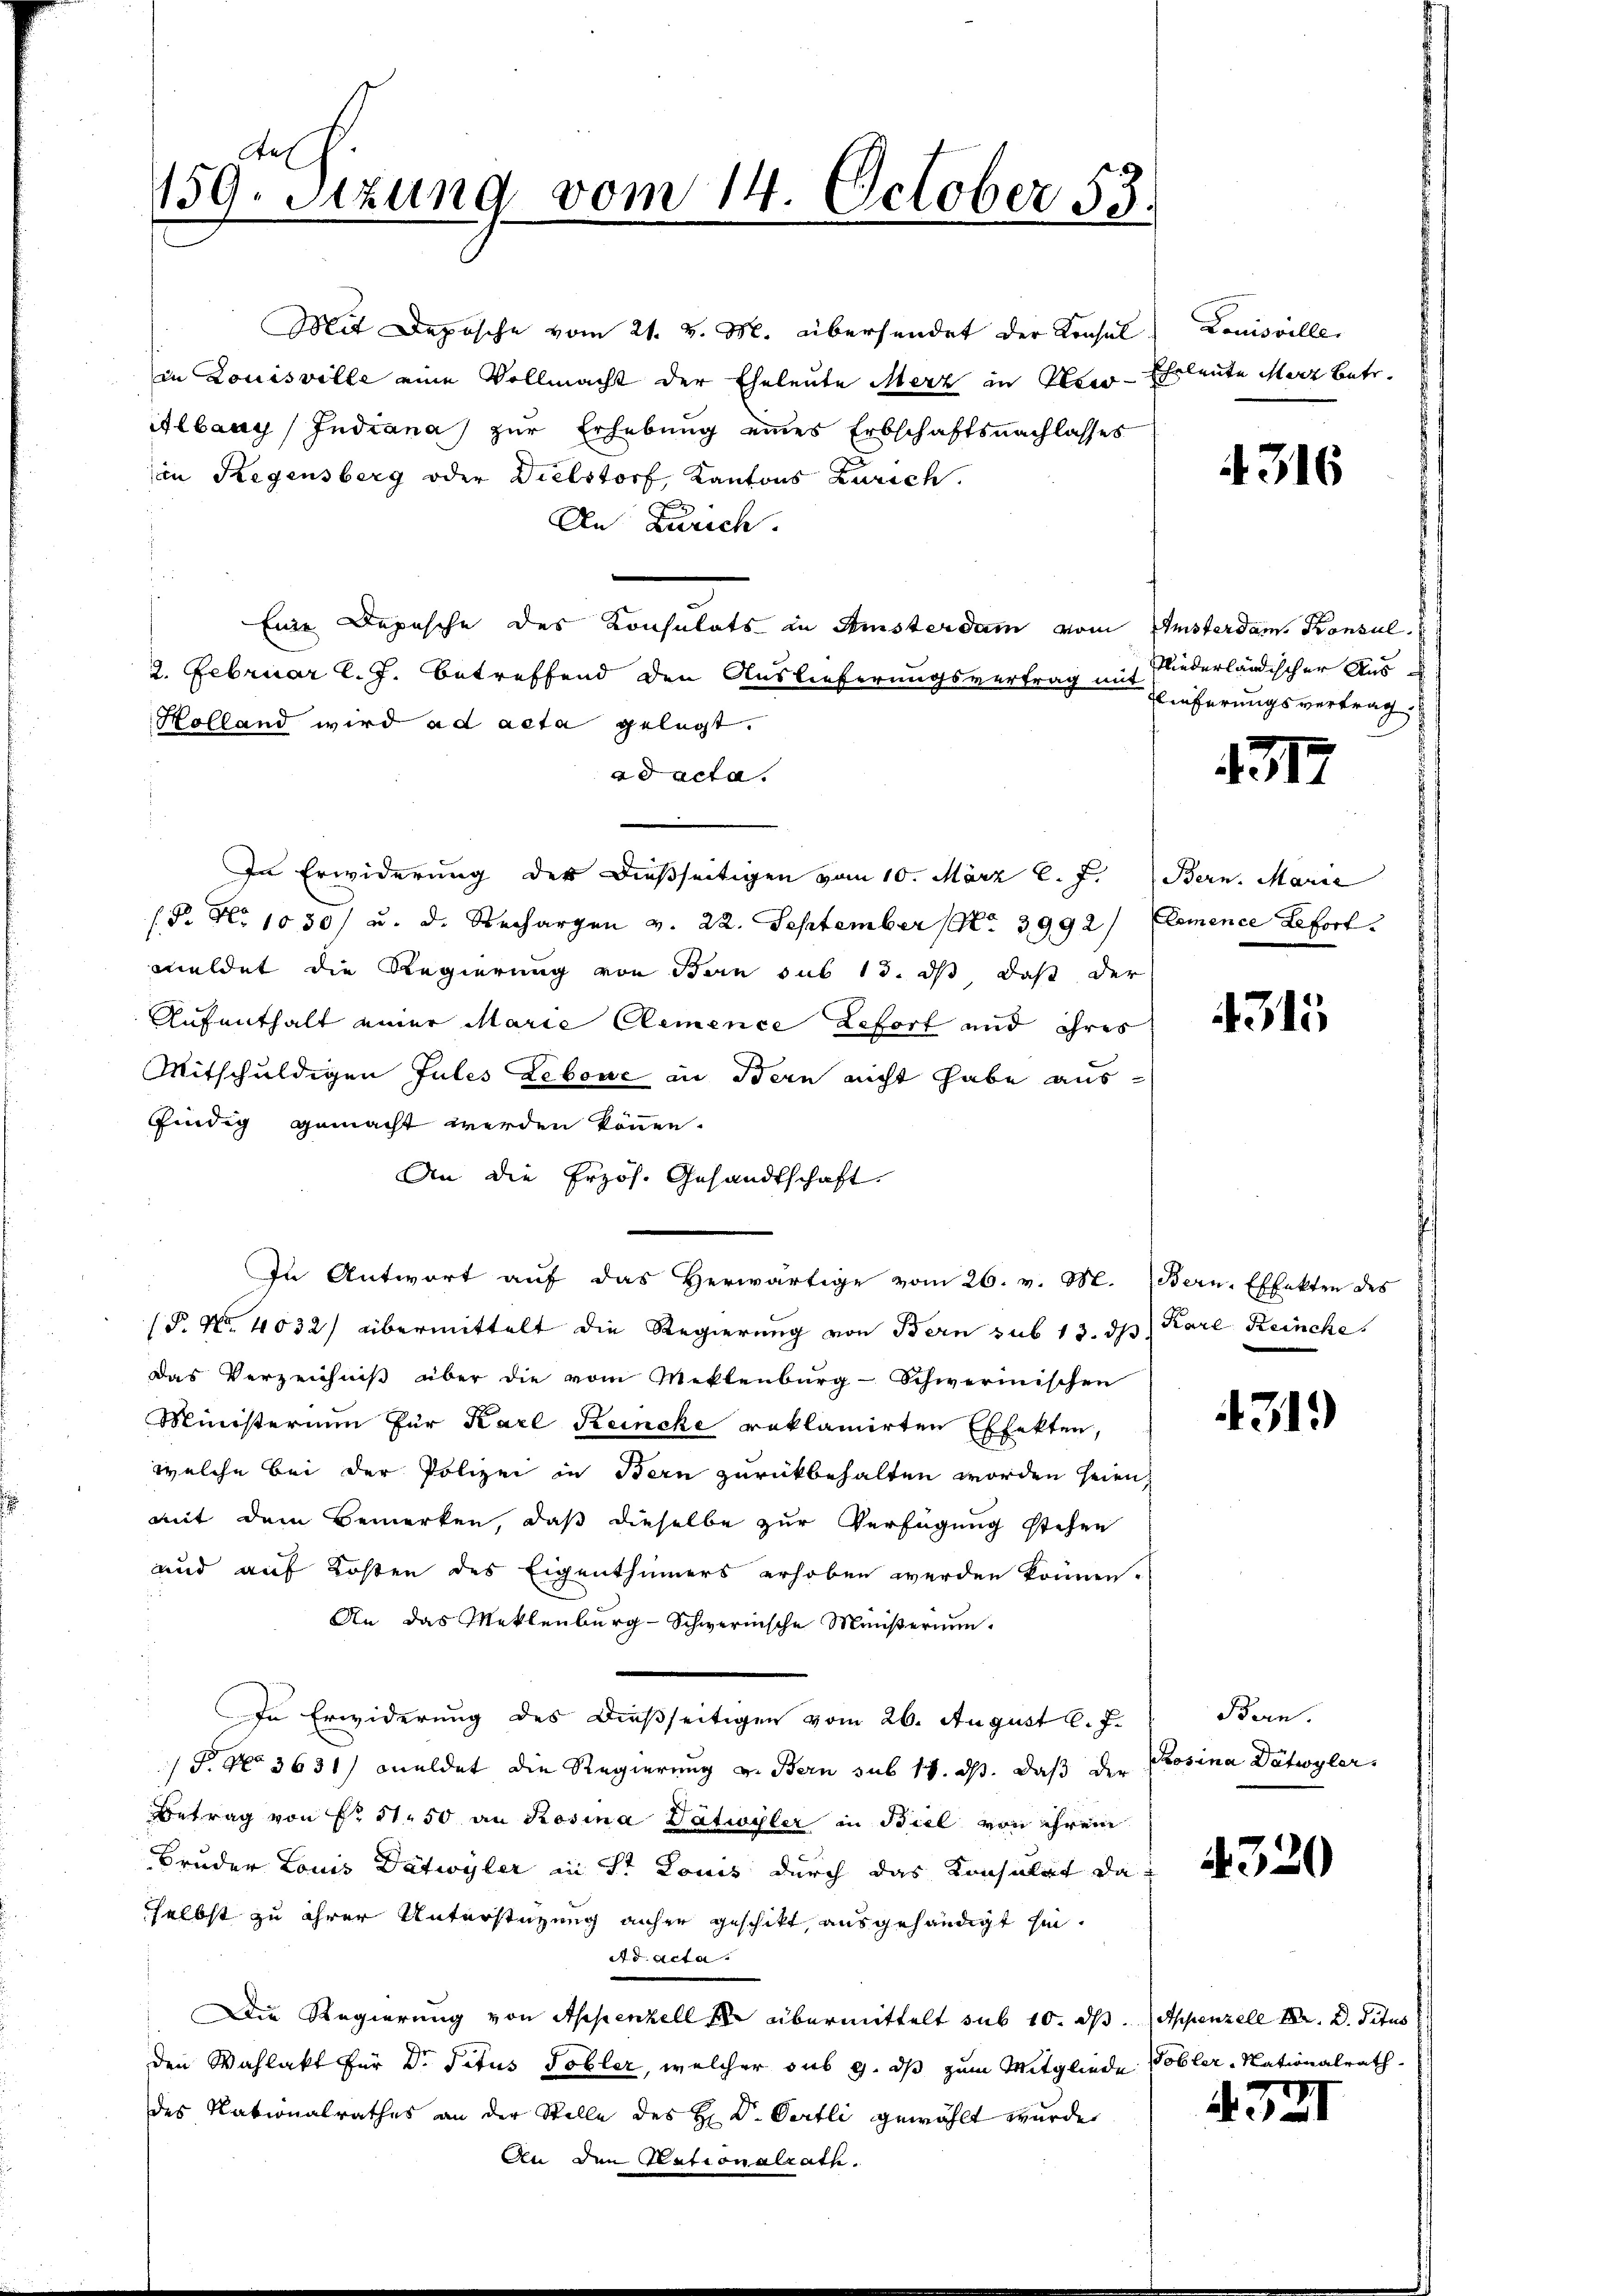
159. Sitzung vom 14. October 55.

in Louisville eine Vollmacht der Eheleute Merz in Neer-Eheleute Merz betr.
itlbaay / Indiana zur Erhebung eines Erbschaftsnachlasses
in Regensberg oder Dielstorf, Kantons Zürich.
.
An Zürich.
Eine Depesche des Konsulats in Amsterdam vom
2. Februar l. J. betreffend den Auslieferungsvertrag mit Eiferungsvertrag
Holland wird ad acta gelegt.
ad acta.
In Erwiderung des dießseitigen vom 10. März l. J.
s P. Nr. 1030/ u. d. Rechargen v. 22. September (No 3992/ Elemence Lefort
meldet die Regierung von Bern sub 15. dß daß der
Aufenthalt einer Marie Clemence Leforf und ihres
Mitschuldigen Jules Lebene in Bern nicht habe ausfindig gemacht werden können.
An die Erzös. Gesandtschaft.
In Antwort aŭf das herwärtige vom 26. v. M. Bern. Effekten des
(P. Nr. 4032) übermittelt die Regierung von Bern sub 13. ds Karl Reinche
Das Verzeichniß über die vom Meklenburg-Schwermischen
Ministerium für Karl Reincke reklamirten Effekten,
welche bei der Polizei in Bern zurückbehalten worden seien,
mit dem Bemerken, daß dieselbe zur Verfügung stehen
und auf Kosten des Eigenthümers erhoben werden können.
An das Meklenburg-Schwerinsche Ministerium.
In Erwiderung des dießseitigen vom 26. August l. J.
P. No 3631) meldet die Regierung v. Bern sub 14. ds. daß der
Betrag von Fr. 11.50 an Rosina Dätwyler in Biel von ihrem
Bruder Louis Dätwyler in St. Louis durch das Konsulat da
selbst zu ihrer Unterstüzung anher geschikt, ausgehändigt sie.
Ad Acta.
Die Regierung von Appenzell übermittelt sub 10. ds. (Appenzell M. D. Titus
den Wahlakt für Dr. Satus Tobler, welcher sub 9. ds zum Mitgliede Tobler-Nationalrath
des Rationalrathes an der Stelle des H. Dr. Oertli gewählt wurde,

Mit Deposche vom 21. v. M. übersendet der Konsul

Louisville.

4316

Amsterdam. Konsul
Niederländischer Aus

1317

Bern. Marie |

4315

4319

Bern.
Rosina Datwyler.

4320

4371